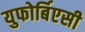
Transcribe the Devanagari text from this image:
युफोर्बिएसी